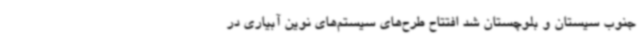
جنوب سیستان و بلوچستان شد افتتاح طرح‌های سیستم‌های نوین آبیاری در